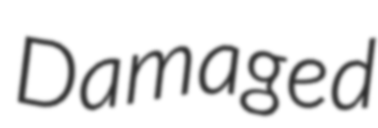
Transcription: Damaged